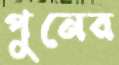
পুনের